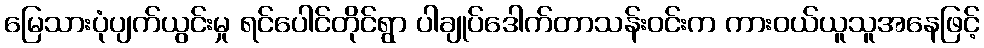
မြေသားပုံပျက်ယွင်းမှု ရင်ပေါင်တိုင်ရွာ ပါချုပ်ဒေါက်တာသန်းဝင်းက ကားဝယ်ယူသူအနေဖြင့်